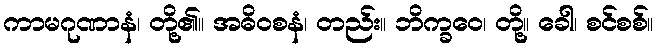
ကာမဂုဏာနံ၊ တို့၏။ အဓိဝစနံ၊ တည်း။ ဘိက္ခဝေ၊ တို့။ ခေါ၊ စင်စစ်။